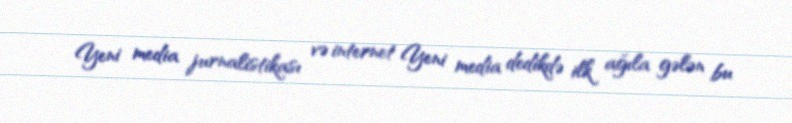
Yeni media jurnalistikası və internet Yeni media dedikdə ilk ağıla gələn bu